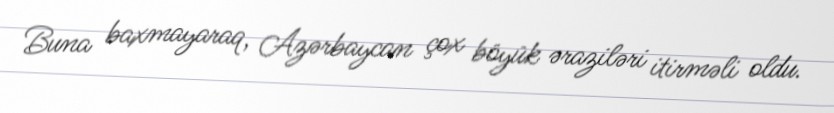
Buna baxmayaraq, Azərbaycan çox böyük əraziləri itirməli oldu.